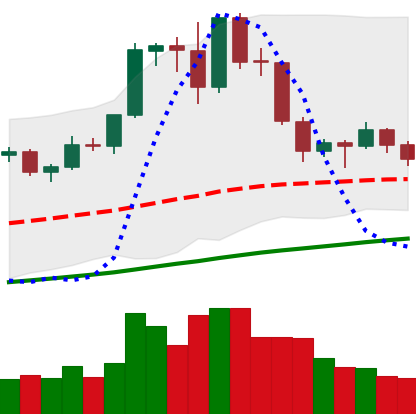
Ticker: EOS-USD
Chart end date: 2019-06-09
Forward return: 6.812%
Label: up_5_7